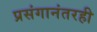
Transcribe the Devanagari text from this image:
प्रसंगानंतरही